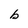
Character: b